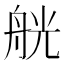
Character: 𦨻